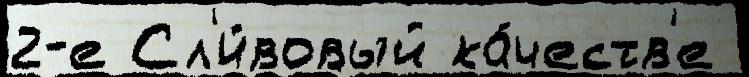
2-е Сл'и́вовый ка́честв'е